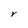
Character: r